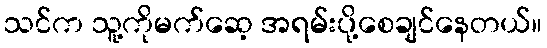
သင်က သူ့ကိုမက်ဆေ့ အရမ်းပို့စေချင်နေတယ်။